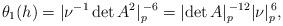
LaTeX: \begin{align*} \theta_1(h) = \lvert \nu^{-1}\det A^2 \rvert_p^{\, -6} = \lvert \det A \rvert_p^{\, -12} \lvert \nu \rvert_p^{\, 6},\end{align*}